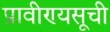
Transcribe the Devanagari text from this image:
प्रावीण्यसूची